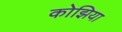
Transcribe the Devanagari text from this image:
कोझिया